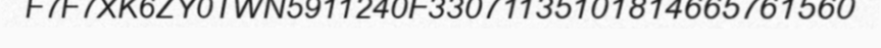
F7F7XK6ZY0TWN5911240F33071135101814665761560